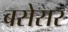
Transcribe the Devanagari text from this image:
बसेसर